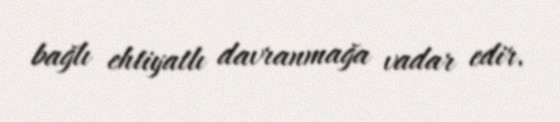
bağlı ehtiyatlı davranmağa vadar edir.